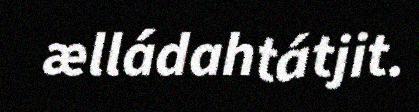
ælládahtátjit.